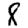
Digit: 8